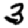
Digit: 3